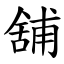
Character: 舖